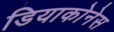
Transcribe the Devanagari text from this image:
डियाकोनेस